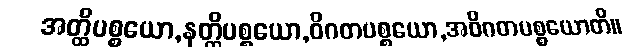
အတ္ထိပစ္စယော,နတ္ထိပစ္စယော,ဝိဂတပစ္စယော,အဝိဂတပစ္စယောတိ။